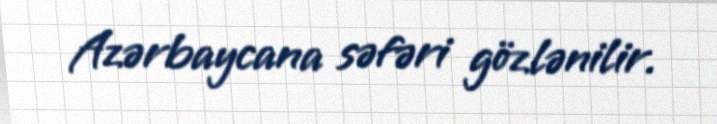
Azərbaycana səfəri gözlənilir.